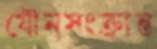
যৌনসংক্রান্ত